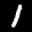
Label: 1